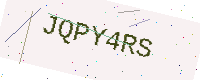
Text: JQPY4RS